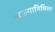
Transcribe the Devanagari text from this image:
झाल्यानिमित्त्त